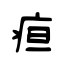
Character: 疸